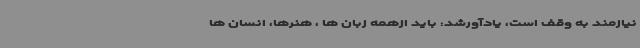
نیازمند به وقف است، یادآورشد: باید ازهمه زبان ها ، هنرها، انسان ها